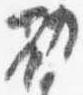
勧